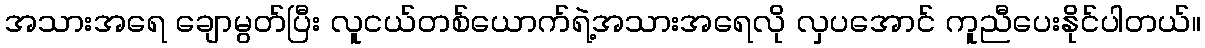
အသားအရေ ချောမွတ်ပြီး လူငယ်တစ်ယောက်ရဲ့အသားအရေလို လှပအောင် ကူညီပေးနိုင်ပါတယ်။